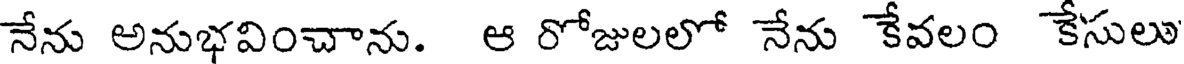
నేను అనుభవించాను. ఆ రోజులలో నేను కేవలం కేసులు